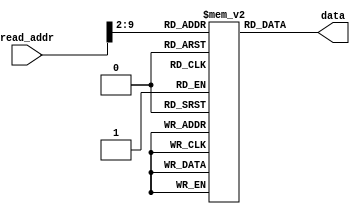
`timescale 1ns / 1ps
//////////////////////////////////////////////////////////////////////////////////
// Company: 
// Engineer: 
// 
// Design Name: 
// Module Name: instruction_mem
// Project Name: 
// Target Devices: 
// Tool Versions: 
// Description: 
// 
// Dependencies: 
// 
// Revision:
// Revision 0.01 - File Created
// Additional Comments:
// 
//////////////////////////////////////////////////////////////////////////////////

module instruction_mem(
    input [9:0] read_addr,
    output [31:0] data
    );
    
    reg [31:0]rom[255:0];  
    
    initial  
    begin  
 
        ////////////////////////////////////////////////////// grading
        // load to registers 1 to 10
                                                       // instruction            alu result in hex       register content       mem content
        rom[0] = 32'b10001100000000010000000000000000; // r1  = mem[0]                4 (add 0)           r1 = 00000005              -
        rom[1] = 32'b10001100000000100000000000000100; // r2  = mem[1]                8 (add 1)           r2 = 0fdf6e91              -
        rom[2] = 32'b10001100000000110000000000001000; // r3  = mem[2]                c (add 2)           r3 = 6a31439b              -
        rom[3] = 32'b10001100000001000000000000001100; // r4  = mem[3]                10(add 3)           r4 = 56343ffd              -
        rom[4] = 32'b10001100000001010000000000010000; // r5  = mem[4]                14(add 4)           r5 = 429eeddb              -
        rom[5] = 32'b10001100000001100000000000010100; // r6  = mem[5]                18(add 5)           r6 = 90000000              -
        rom[6] = 32'b10001100000001110000000000011000; // r7  = mem[6]                1c(add 6)           r7 = 9134fd75              -
        rom[7] = 32'b10001100000010000000000000011100; // r8  = mem[7]                20(add 7)           r8 = bcd11247              -
        rom[8] = 32'b10001100000010010000000000100000; // r9  = mem[8]                24(add 8)           r9 = b55bd831              -
        rom[9] = 32'b10001100000010100000000000100100; // r10 = mem[9]                28(add 9)           r10= d18fa600              -
        
        // two positive operands
        rom[10] = 32'b00110000011010111111111101100011; // andi r11,r3,#ff63          6a314303            r11= 6a314303              -
        rom[11] = 32'b00000000001000100110000000100111; // nor  r12,r1,r2             f020916a            r12= f020916a              - 
        rom[12] = 32'b00000000001000100110100000101010; // slt  r13,r1,r2             00000001            r13= 00000001              -
        rom[13] = 32'b11000000010000000111000011000000; // sll  r14,r2,#3             7efb7488            r14= 7efb7488              -
        rom[14] = 32'b11000000001000000111100101000010; // srl  r15,r1,#5             00000000            r15= 00000000              -
        rom[15] = 32'b11000000110000001000000110000011; // sra  r16,r6,#6             fe400000            r16= fe400000              -
        rom[16] = 32'b00000000010000111000100000100110; // xor  r17,r2,r3             65ee2d0a            r17= 65ee2d0a              -
        rom[17] = 32'b00000000001000101001000000011000; // mult r17,r1,r2             4f5d28d5            r18= 4f5d28d5              -
        rom[18] = 32'b00000000010000011001100000011010; // div  r19,r2,r1             032cafb6            r19= 032cafb6              -
        // store the result in memory
        rom[19] = 32'b10101100000010110000000000101100; // sw mem[r0+11] <= r11       2c(add 11)                -               mem[11]= 6a314303
        rom[20] = 32'b10101100000011000000000000110000; // sw mem[r0+12] <= r12       30(add 12)                -               mem[12]= f020916a
        rom[21] = 32'b10101100000011010000000000110100; // sw mem[r0+13] <= r13       34(add 13)                -               mem[13]= 00000001
        rom[22] = 32'b10101100000011100000000000111000; // sw mem[r0+14] <= r14       38(add 14)                -               mem[14]= 7efb7488
        rom[23] = 32'b10101100000011110000000000111100; // sw mem[r0+15] <= r15       3c(add 15)                -               mem[15]= 00000000
        rom[24] = 32'b10101100000100000000000001000000; // sw mem[r0+16] <= r16       40(add 16)                -               mem[16]= fe400000
        rom[25] = 32'b10101100000100010000000001000100; // sw mem[r0+17] <= r17       44(add 17)                -               mem[17]= 65ee2d0a
        rom[26] = 32'b10101100000100100000000001001000; // sw mem[r0+18] <= r18       48(add 18)                -               mem[18]= 4f5d28d5
        rom[27] = 32'b10101100000100110000000001001100; // sw mem[r0+19] <= r19       4c(add 19)                -               mem[19]= 032cafb6
        
        // one positive and one negative operand
        rom[28] = 32'b00110000111010110000111101100011; // andi r11,r7,#f63           00000d61            r11= 00000d61              -
        rom[29] = 32'b00000000010001110110000000100111; // nor  r12,r2,r7             6000000a            r12= 6000000a              -
        rom[30] = 32'b00000000010001110110100000101010; // slt  r13,r2,r7             00000001            r13= 00000001              -
        rom[31] = 32'b11000000111000000111001101000000; // sll  r14,r2,#13            9faea000            r14= 9faea000              -
        rom[32] = 32'b11000001000000000111100111000010; // srl  r15,r8,#7             0179a224            r15= 0179a224              -
        rom[33] = 32'b11000001001000001000000010000011; // sra  r16,r9,#2             ed56f60c            r16= ed56f60c              -
        rom[34] = 32'b00000000010001111000100000100110; // xor  r17,r2,r7             9eeb93e4            r17= 9eeb93e4              -
        rom[35] = 32'b00000000010001111001000000011000; // mult r17,r2,r7             a7d6d545            r18= a7d6d545              -
        rom[36] = 32'b00000000111000101001100000011010; // div  r19,r7,r2             00000009            r19= 00000009              -
        // store the result in memory
        rom[37] = 32'b10101100000010110000000001010000; // sw mem[r0+20] <= r11       50(add 20)                -               mem[20]= 00000d61 
        rom[38] = 32'b10101100000011000000000001010100; // sw mem[r0+21] <= r12       54(add 21)                -               mem[21]= 6000000a 
        rom[39] = 32'b10101100000011010000000001011000; // sw mem[r0+22] <= r13       58(add 22)                -               mem[22]= 00000001    
        rom[40] = 32'b10101100000011100000000001011100; // sw mem[r0+23] <= r14       5c(add 23)                -               mem[23]= 9faea000 
        rom[41] = 32'b10101100000011110000000001100000; // sw mem[r0+24] <= r15       60(add 24)                -               mem[24]= 0179a224 
        rom[42] = 32'b10101100000100000000000001100100; // sw mem[r0+25] <= r16       64(add 25)                -               mem[25]= ed56f60c 
        rom[43] = 32'b10101100000100010000000001101000; // sw mem[r0+26] <= r17       68(add 26)                -               mem[26]= 9eeb93e4 
        rom[44] = 32'b10101100000100100000000001101100; // sw mem[r0+27] <= r18       6c(add 27)                -               mem[27]= a7d6d545
        rom[45] = 32'b10101100000100110000000001110000; // sw mem[r0+28] <= r19       70(add 28)                -               mem[28]= 00000009    
        
        // one positive and one negative operand
        rom[46] = 32'b00110001010010111110000100100111; // andi r11,r10,#e127         d18fa000            r11= d18fa000              -
        rom[47] = 32'b00000000011010000110000000100111; // nor  r12,r3,r8             010eac20            r12= 010eac20              -
        rom[48] = 32'b00000001000000110110100000101010; // slt  r13,r8,r3             00000000            r13= 00000000              -
        rom[49] = 32'b11000000011000000111010001000000; // sll  r14,r3,#17            87360000            r14= 87360000              -
        rom[50] = 32'b11000001000000000111110100000010; // srl  r15,r8,#20            00000bcd            r15= 00000bcd              -
        rom[51] = 32'b11000001000000001000000001000011; // sra  r16,r8,#1             de688923            r16= de688923              -
        rom[52] = 32'b00000000011010001000100000100110; // xor  r17,r3,r8             d6e051dc            r17= d6e051dc              -
        rom[53] = 32'b00000000011010001001000000011000; // mult r17,r3,r8             eff5a5fd            r18= eff5a5fd              -
        rom[54] = 32'b00000001000000111001100000011010; // div  r19,r8,r3             00000001            r19= 00000001              -
        // store the result in memory
        rom[55] = 32'b10101100000010110000000001110100; // sw mem[r0+29] <= r11       74(add 29)                -               mem[29]= d18fa000 
        rom[56] = 32'b10101100000011000000000001111000; // sw mem[r0+30] <= r12       78(add 30)                -               mem[30]= 010eac20 
        rom[57] = 32'b10101100000011010000000001111100; // sw mem[r0+31] <= r13       7c(add 31)                -               mem[31]= 00000000    
        rom[58] = 32'b10101100000011100000000010000000; // sw mem[r0+32] <= r14       80(add 32)                -               mem[32]= 87360000 
        rom[59] = 32'b10101100000011110000000010000100; // sw mem[r0+33] <= r15       84(add 33)                -               mem[33]= 00000bcd 
        rom[60] = 32'b10101100000100000000000010001000; // sw mem[r0+34] <= r16       88(add 34)                -               mem[34]= de688923 
        rom[61] = 32'b10101100000100010000000010001100; // sw mem[r0+35] <= r17       8c(add 35)                -               mem[35]= d6e051dc 
        rom[62] = 32'b10101100000100100000000010010000; // sw mem[r0+36] <= r18       90(add 36)                -               mem[36]= eff5a5fd
        rom[63] = 32'b10101100000100110000000010010100; // sw mem[r0+37] <= r19       94(add 37)                -               mem[37]= 00000001

        // two negative operands (not for shift)
        rom[64] = 32'b00110001000010111101000000000010; // andi r11,r8,#d002          bcd11002            r11= bcd11002              -
        rom[65] = 32'b00000000111010000110000000100111; // nor  r12,r7,r8             420a0088            r12= 420a0088              -
        rom[66] = 32'b00000001000001110110100000101010; // slt  r13,r8,r7             00000000            r13= 00000000              -
        rom[67] = 32'b11000000111000000111000111000000; // sll  r14,r7,#7             9a7eba80            r14= 9a7eba80              -
        rom[68] = 32'b11000001001000000111100011000010; // srl  r15,r9,#3             16ab7b06            r15= 16ab7b06              -
        rom[69] = 32'b11000001001000001000000101000011; // sra  r16,r9,#5             fdaadec1            r16= fdaadec1              -
        rom[70] = 32'b00000000111010001000100000100110; // xor  r17,r7,r8             2de5ef32            r17= 2de5ef32              -
        rom[71] = 32'b00000000111010001001000000011000; // mult r17,r7,r8             d8098573            r18=d8098573               -
        rom[72] = 32'b00000001000001111001100000011010; // div  r19,r8,r7             00000001            r19= 00000001              -
        // store the result in memory
        rom[73] = 32'b10101100000010110000000010011000; // sw mem[r0+38] <= r11       98(add 38)                -               mem[38]= bcd11002 
        rom[74] = 32'b10101100000011000000000010011100; // sw mem[r0+39] <= r12       9c(add 39)                -               mem[39]= 420a0088 
        rom[75] = 32'b10101100000011010000000010100000; // sw mem[r0+40] <= r13       a0(add 40)                -               mem[40]= 00000000    
        rom[76] = 32'b10101100000011100000000010100100; // sw mem[r0+41] <= r14       a4(add 41)                -               mem[41]= 9a7eba80 
        rom[77] = 32'b10101100000011110000000010101000; // sw mem[r0+42] <= r15       a8(add 42)                -               mem[42]= 16ab7b06 
        rom[78] = 32'b10101100000100000000000010101100; // sw mem[r0+43] <= r16       ac(add 43)                -               mem[43]= fdaadec1 
        rom[79] = 32'b10101100000100010000000010110000; // sw mem[r0+44] <= r17       b0(add 44)                -               mem[44]= 2de5ef32 
        rom[80] = 32'b10101100000100100000000010110100; // sw mem[r0+45] <= r18       b4(add 45)                -               mem[45]= d8098573
        rom[81] = 32'b10101100000100110000000010111000; // sw mem[r0+46] <= r19       b8(add 46)                -               mem[46]= 00000001

        // zero result or overflow
        rom[82] = 32'b00110001000010110000000000000000; // andi r11,r8,#0             00000000            r11= 00000000              -
        rom[83] = 32'b00000000110010100110000000100111; // nor  r12,r6,r10            2e7059ff            r12= 2e7059ff              -
        rom[84] = 32'b00000000110010100110100000101010; // slt  r13,r6,r10            00000001            r13= 00000001              -
        rom[85] = 32'b11000000111000000111011111000000; // sll  r14,r7,#31            80000000            r14= 80000000              -
        rom[86] = 32'b11000001001000000111111111000010; // srl  r15,r9,#31            00000001            r15= 00000001              -
        rom[87] = 32'b11000001001000001000011111000011; // sra  r16,r9,#31            ffffffff            r16= ffffffff              -
        rom[88] = 32'b00000001001010101000100000100110; // xor  r17,r9,r10            64d47e31            r17= 64d47e31              -
        rom[89] = 32'b00000001001010101001000000011000; // mult r17,r9,r10            528ec600            r18= 528ec600              -
        rom[90] = 32'b00000001001010101001100000011010; // div  r19,r9,r10            00000000            r19= 00000000              -
        // store the result in memory
        rom[91] = 32'b10101100000010110000000010111100; // sw mem[r0+47] <= r11       bc(add 47)                -               mem[47]= 00000000 
        rom[92] = 32'b10101100000011000000000011000000; // sw mem[r0+48] <= r12       c0(add 48)                -               mem[48]= 2e7059ff 
        rom[93] = 32'b10101100000011010000000011000100; // sw mem[r0+49] <= r13       c4(add 49)                -               mem[49]= 00000001    
        rom[94] = 32'b10101100000011100000000011001000; // sw mem[r0+50] <= r14       c8(add 50)                -               mem[50]= 80000000 
        rom[95] = 32'b10101100000011110000000011001100; // sw mem[r0+51] <= r15       cc(add 51)                -               mem[51]= 00000001 
        rom[96] = 32'b10101100000100000000000011010000; // sw mem[r0+52] <= r16       d0(add 52)                -               mem[52]= ffffffff 
        rom[97] = 32'b10101100000100010000000011010100; // sw mem[r0+53] <= r17       d4(add 53)                -               mem[53]= 64d47e31 
        rom[98] = 32'b10101100000100100000000011011000; // sw mem[r0+54] <= r18       d8(add 54)                -               mem[54]= 528ec600
        rom[99] = 32'b10101100000100110000000011011100; // sw mem[r0+55] <= r19       dc(add 55)                -               mem[55]= 00000000


        rom[100] = 32'b00100000001011011111111111111101; // addi r13,r1,#fffd         00000002            r13 = 00000002             -
        rom[101] = 32'b10001100000011100000000000000000; // r14  = mem[0]             00000000            r14 = 00000005             -
        rom[102] = 32'b00100000001011111111111111111110; // addi r15,r1,#fffe         00000003            r15 = 00000003             -
         
        
        // branch forward taken
        rom[103] = 32'b00010000001011100000000000000001; // beq r1,r14,#1             00000000            branch to instruction rom[105]     
        rom[104] = 32'b00000000001000100101000000100000; // add r10,r1,r2             0fdf6e96            r10= 0fdf6e96         doesnt run
        rom[105] = 32'b00000000001000111001100000100000; // add r19,r1,r3             6a3143a0            r19= 6a3143a0              - 
        rom[106] = 32'b10101100000010100000000011100000; // sw mem[r0+56] <= r10      e0(add 56)                -               mem[56]= d18fa600
        
        // branch forward not taken
        rom[107] = 32'b00010000110010100000000000000001; // beq r6,r10,#1             be705a00            not taken    
        rom[108] = 32'b00000000001001000110000000100000; // add r12,r1,r4             56344002            r12= 56344002              -            
        rom[109] = 32'b00000000001000111001100000100000; // add r19,r1,r3             6a3143a0            r19= 6a3143a0              -
        rom[110] = 32'b10101100000011000000000011100100; // sw mem[r0+57] <= r12      e4(add 57)                -               mem[56]= 56344002
        
        // branch backward taken
        rom[111] = 32'b00100001101011010000000000000001; // addi r13,r13,#1           00000003            r13 = 00000003             -
        rom[112] = 32'b00010001101011111111111111111110; // beq r13,r15,#-2           00000000            branch to instruction rom[111] 
        // here if the content of r13 = 00000003 then the branch works. The first time branch is taken the second time is not taken
        rom[113] = 32'b10101100000011010000000011101000; // sw mem[r0+58] <= r13      e8(add 58)                -               mem[58]= 00000004
        
        // branch backward not taken
        rom[114] = 32'b00100001110100000000000000000011; // addi r16,r14,#3           00000008            r16 = 00000008             -     
        rom[115] = 32'b00000010000000011000000000100000; // add r16,r16,r1            0000000d            r16 = 0000000d             - 
        rom[116] = 32'b00010000001100001111111111111110; // beq r1,r16,#-2            fffffff8            not taken      
        rom[117] = 32'b10101100000100000000000011101100; // sw mem[r0+59] <= r16      ec(add 59)                -               mem[59]= 0000000d 
        
        // branch forward taken
        rom[118] = 32'b00010000001011100000000000000001; // beq r1,r14,#1             00000000            branch to instruction rom[120]     
        rom[119] = 32'b00000000001000100111100000100000; // add r15,r1,r2             0fdf6e96            r15= 0fdf6e96         doesnt run
        rom[120] = 32'b00000000001000111001100000100000; // add r19,r1,r3             6a3143a0            r19= 6a3143a0              - 
        rom[121] = 32'b10101100000011110000000011110000; // sw mem[r0+60] <= r15      f0(add 60)                -               mem[60]= 00000003


        
        //jump forward 
        rom[122] = 32'b00001000000000000000000001111100; // j #7c                     jump to instruction rom[124]          
        rom[123] = 32'b00000000001000100101000000100000; // add r10,r1,r2             0fdf6e96            r10= 0fdf6e96         doesnt run         
        rom[124] = 32'b10101100000010100000000011110100; // sw mem[r0+61] <= r10      f4(add 61)                -               mem[61]= d18fa600
       
        //jump forward 
        rom[125] = 32'b00001000000000000000000010000000; // j #80                    jump to instruction rom[128]             
        rom[126] = 32'b00000000001000100100100000100000; // add r9,r1,r2             0fdf6e96             r9 = 0fdf6e96         doesnt run    
        rom[127] = 32'b00000000001000100111100000100000; // add r15,r1,r2            0fdf6e96             r15= 0fdf6e96         doesnt run
        rom[128] = 32'b10101100000010010000000011111000; // sw mem[r0+62] <= r9      f8(add 62)                -                mem[62]= b55bd831
        
        //jump forward 
        rom[129] = 32'b00001000000000000000000010000100; // j #84                    jump to instruction rom[132]              
        rom[130] = 32'b00000000001000100100000000100000; // add r8,r1,r2             0fdf6e96             r8 = 0fdf6e96         doesnt run 
        rom[131] = 32'b00000000001000100111100000100000; // add r15,r1,r2            0fdf6e96             r15= 0fdf6e96         doesnt run
        rom[132] = 32'b10101100000010000000000011111100; // sw mem[r0+63] <= r8      fc(add 63)                -                mem[63]= bcd11247
        
        //jump forward 
        rom[133] = 32'b00001000000000000000000010001000; // j #88                    jump to instruction rom[136]             
        rom[134] = 32'b00000000001000100011100000100000; // add r7,r1,r2             0fdf6e96             r7 = 0fdf6e96         doesnt run 
        rom[135] = 32'b00000000001000100111100000100000; // add r15,r1,r2            0fdf6e96             r15= 0fdf6e96         doesnt run
        rom[136] = 32'b10101100000001110000000100000000; // sw mem[r0+64] <= r7      100(add 64)               -                mem[64]= 9134fd75
        
        //jump forward 
        rom[137] = 32'b00001000000000000000000010001100; // j #8c                    jump to instruction rom[140]             
        rom[138] = 32'b00000000001000100011000000100000; // add r6,r1,r2             0fdf6e96             r6 = 0fdf6e96         doesnt run
        rom[139] = 32'b00000000001000100111100000100000; // add r15,r1,r2            0fdf6e96             r15= 0fdf6e96         doesnt run
        rom[140] = 32'b10101100000001100000000100000100; // sw mem[r0+65] <= r6      104(add 65)               -                mem[65]= 90000000
        
//        //unused instructions: AND, OR, SUB
//        rom[141] = 32'b00000010011100000111100000100100; //and r15, r19, r16            0                 r15= 00000000               -
//        rom[142] = 32'b00000010011100000011000000100101; //or r6, r19, r16            6a3143ad            r6= 6a3143ad                -
//        rom[143] = 32'b00000001110011010101000000100010; //sub r10, r14, r13            1                 r10 = 1                     -
        
//        //saving the three to memory
//        rom[144] = 32'b10101100000011110000000100001000; //sw mem[r0+66] <= r15      108 (add 66)               -               mem[66]= 0
//        rom[145] = 32'b10101100000001100000000100001100; //sw mem[r0+67] <= r6                                                  mem[67]= 6a3143ad
//        rom[146] = 32'b10101100000010100000000100010000; //sw mem[r0+68] <= r10                                                 mem[68]= 1
        
        
      end  
      
      assign data = rom[read_addr[9:2]];

endmodule